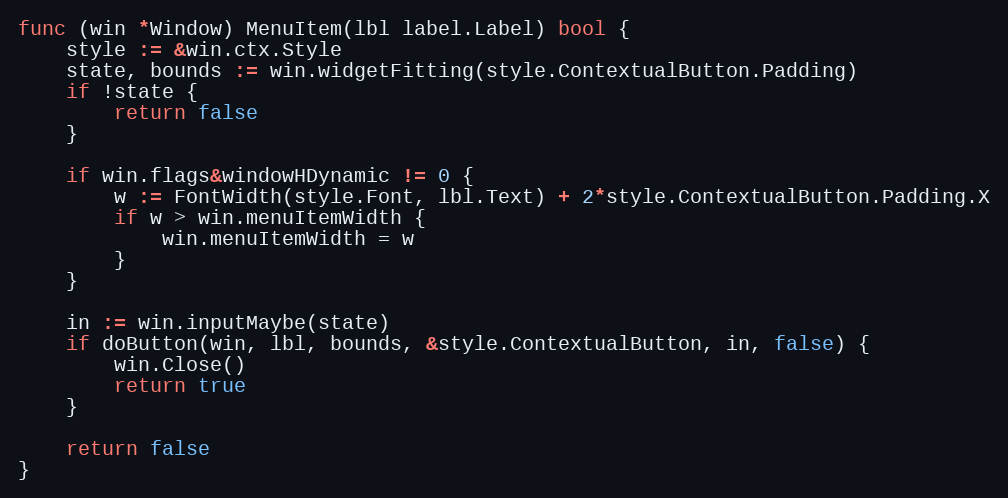
Language: Go
func (win *Window) MenuItem(lbl label.Label) bool {
	style := &win.ctx.Style
	state, bounds := win.widgetFitting(style.ContextualButton.Padding)
	if !state {
		return false
	}

	if win.flags&windowHDynamic != 0 {
		w := FontWidth(style.Font, lbl.Text) + 2*style.ContextualButton.Padding.X
		if w > win.menuItemWidth {
			win.menuItemWidth = w
		}
	}

	in := win.inputMaybe(state)
	if doButton(win, lbl, bounds, &style.ContextualButton, in, false) {
		win.Close()
		return true
	}

	return false
}